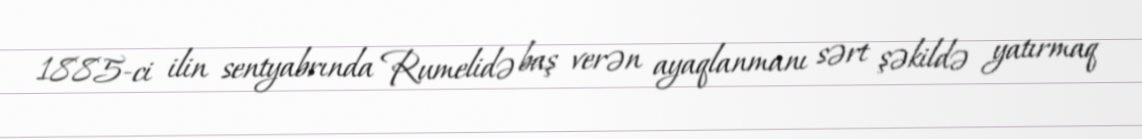
1885-ci ilin sentyabrında Rumelidə baş verən ayaqlanmanı sərt şəkildə yatırmaq